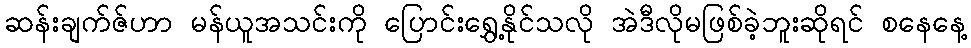
ဆန်းချက်ဇ်ဟာ မန်ယူအသင်းကို ပြောင်းရွှေ့နိုင်သလို အဲဒီလိုမဖြစ်ခဲ့ဘူးဆိုရင် စနေနေ့